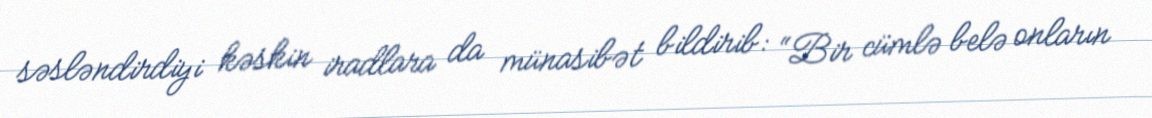
səsləndirdiyi kəskin iradlara da münasibət bildirib: “Bir cümlə belə onların